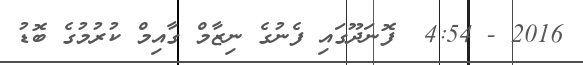
2016 - 4:54  ފޮނަދޫގައި ފެނުގެ ނިޒާމް ގާއިމް ކުރުމުގެ ބޮޑު